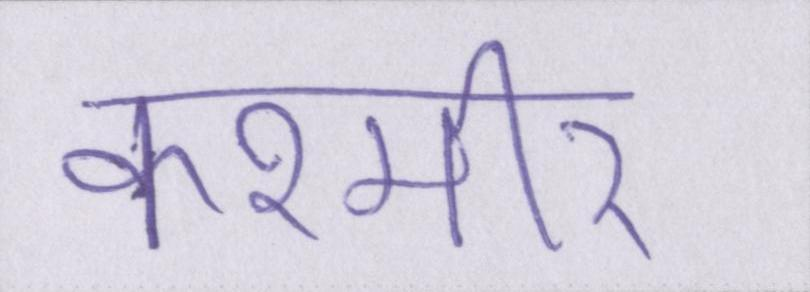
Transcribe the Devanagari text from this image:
कश्मीर